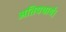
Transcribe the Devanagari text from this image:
अतियथार्थ।